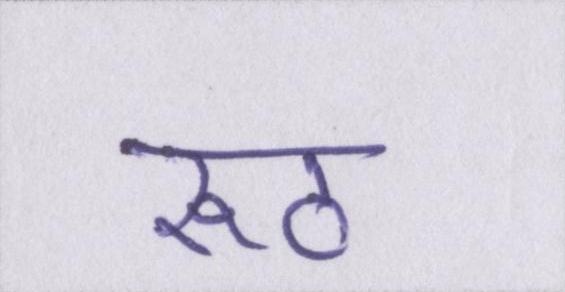
रूठ